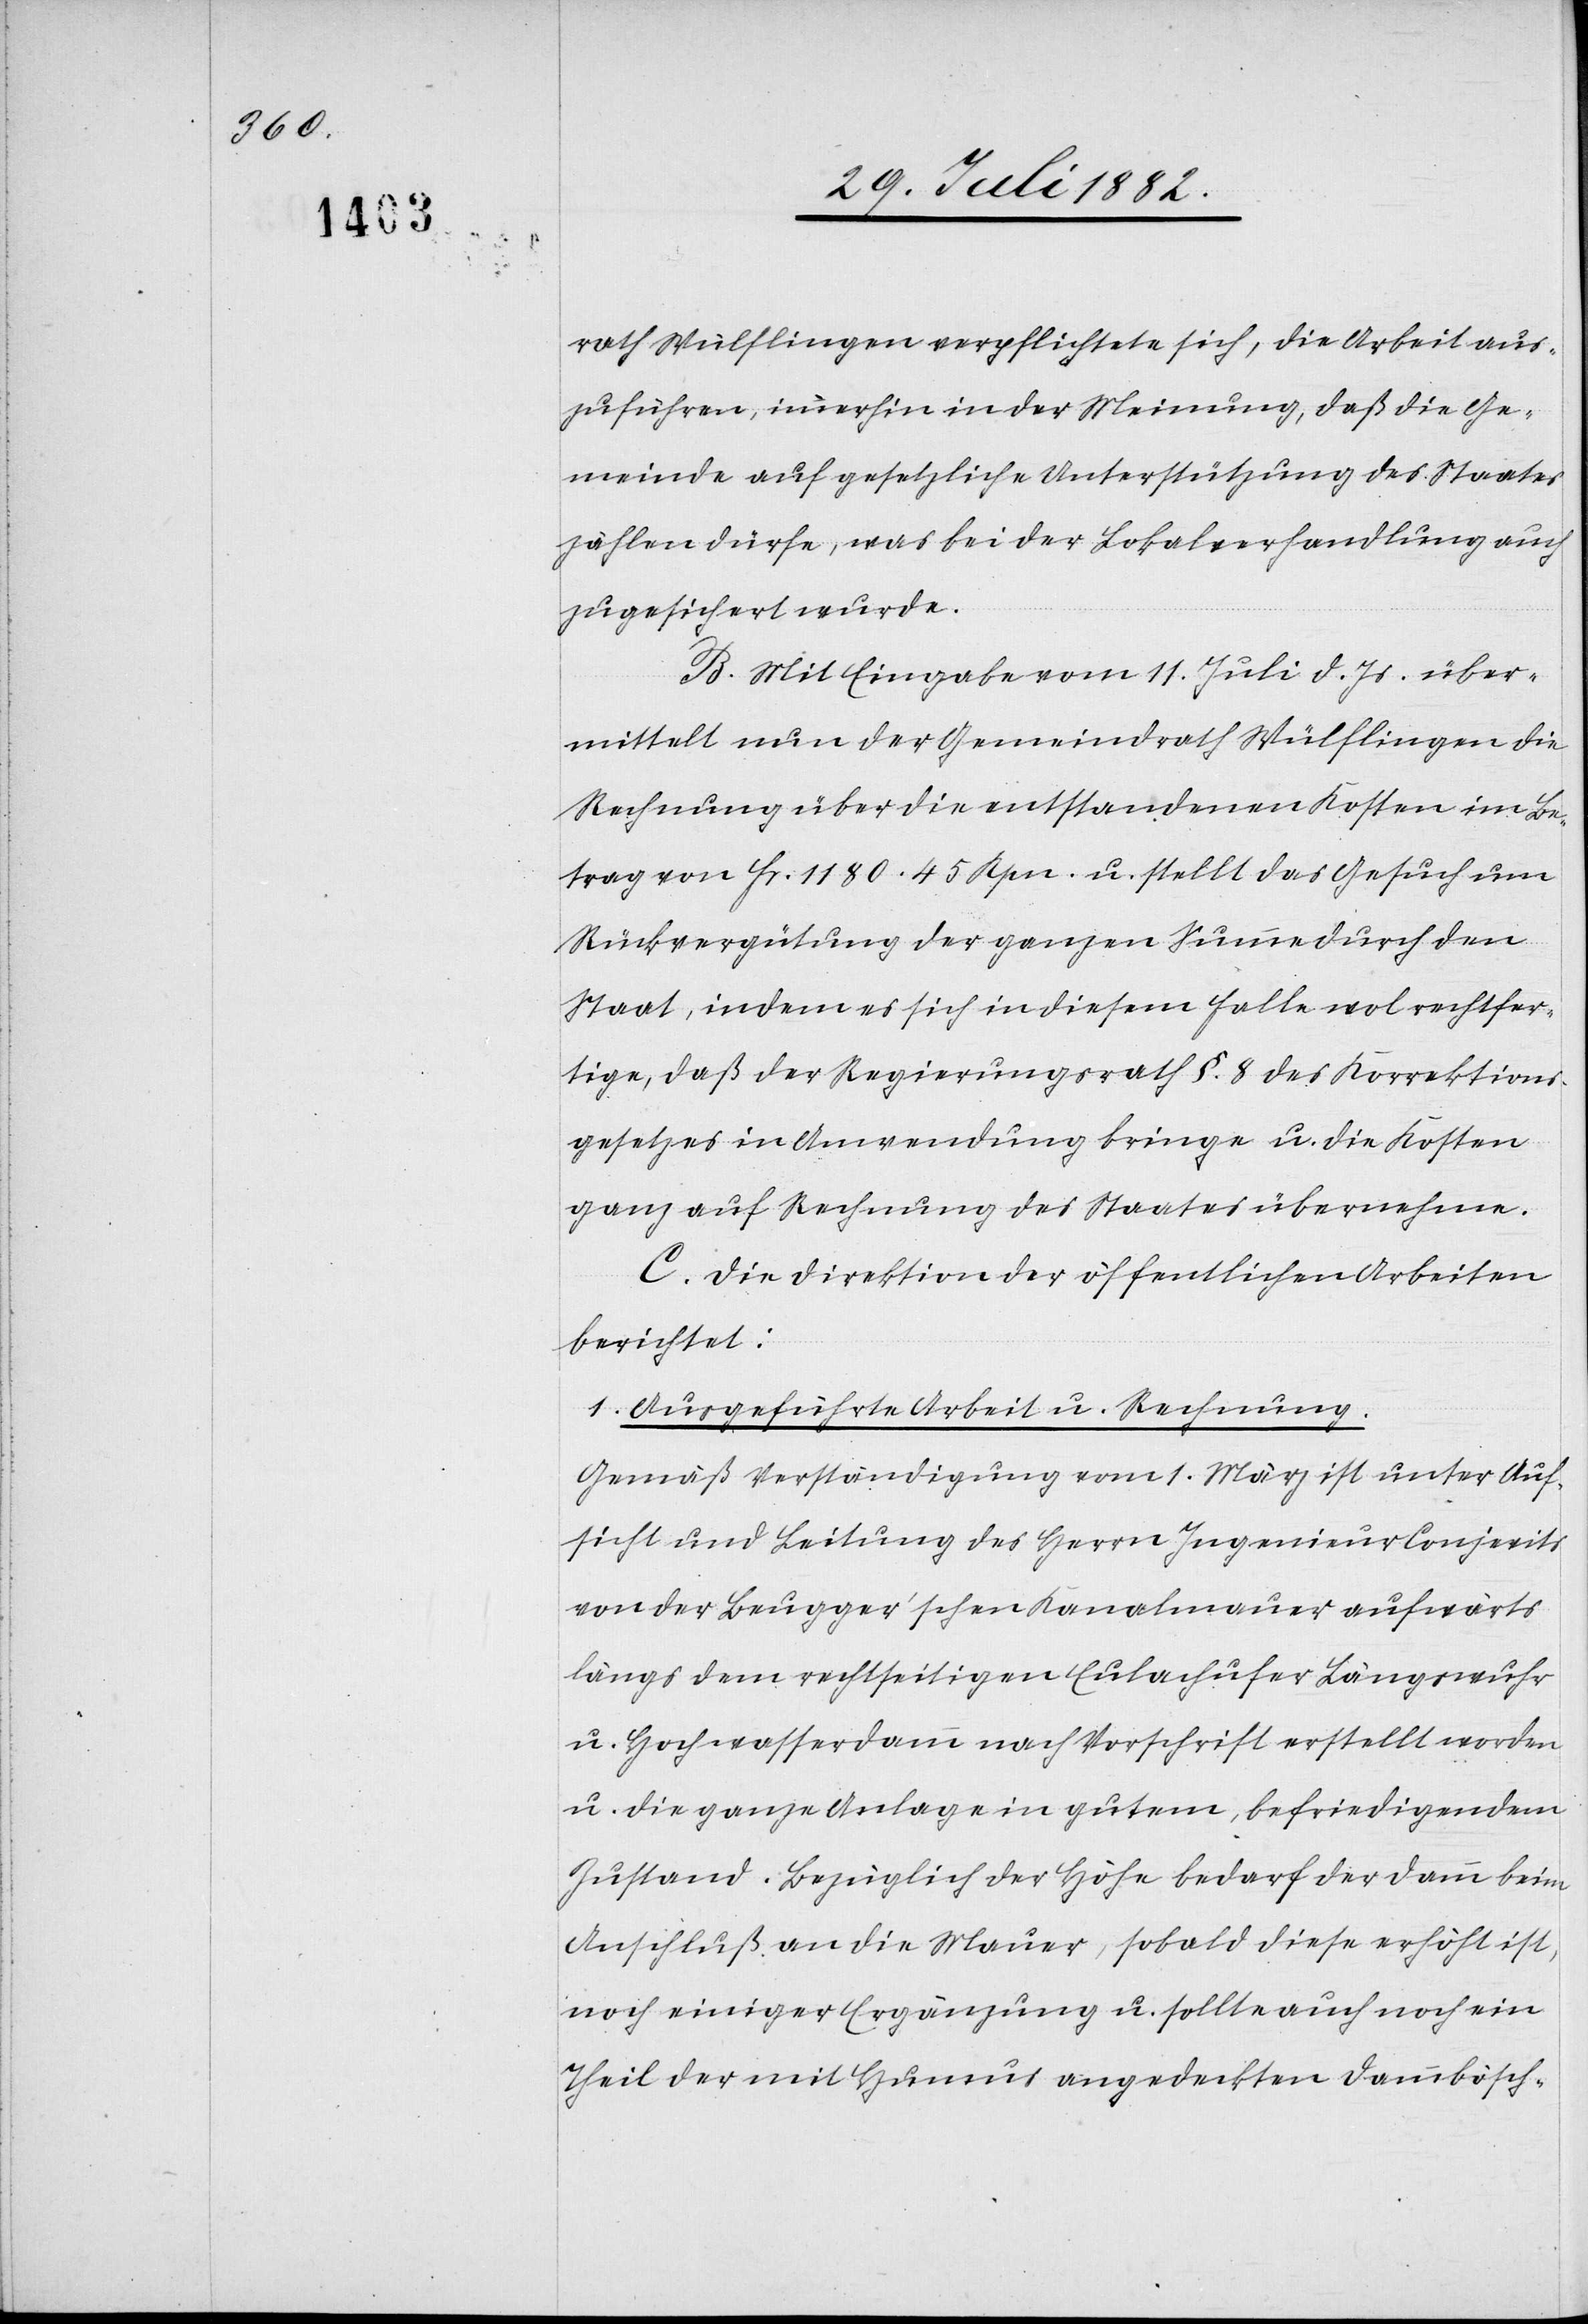
rath Wülflingen verpflichtete sich, die Arbeit aus¬
zuführen, immerhin in der Meinung, daß die Ge¬
meinde auf gesetzliche Unterstützung des Staates
zählen dürfe, was bei der Lokalverhandlung auch
zugesichert wurde.
B. Mit Eingabe vom 11. Juli d. Js. über¬
mittelt nun der Gemeindrath Wülflingen die
Rechnung über die entstandenen Kosten im Be¬
trag von Fr. 1180. 45 Rpn. u. stellt das Gesuch um
Rückvergütung der ganzen Summe durch den
Staat, indem es sich in diesem Falle wol rechtfer¬
tige, daß der Regierungsrath §. 8 des Korrektions¬
gesetzes in Anwendung bringe u. die Kosten
ganz auf Rechnung des Staates übernehme.
C. Die Direktion der öffentlichen Arbeiten
berichtet:
1. Ausgeführte Arbeit u. Rechnung.
Gemäß Verständigung vom 1. März ist unter Auf¬
sicht und Leitung des Herrn Ingenieur Conjevits
von der Beugger’schen Kanalmauer aufwärts
längs dem rechtseitigen Eulachufer Längswuhr
u. Hochwasserdamm nach Vorschrift erstellt worden
u. die ganze Anlage in gutem, befriedigendem
Zustand. Bezüglich der Höhe bedarf der Damm beim
Anschluß an die Mauer, sobald diese erhöht ist,
noch einiger Ergänzung u. sollte auch noch ein
Theil der mit Humus angedeckten Dammbösch-